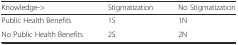
<table><thead><tr><td><b>Knowledge-&gt;</b></td><td><b>Stigmatization</b></td><td><b>No Stigmatization</b></td></tr></thead><tbody><tr><td>Public Health Benefits</td><td>1S</td><td>1N</td></tr><tr><td>No Public Health Benefits</td><td>2S</td><td>2N</td></tr></tbody></table>